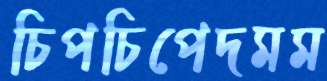
চিপচিপেদমম